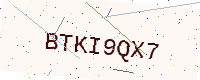
Text: BTKI9QX7